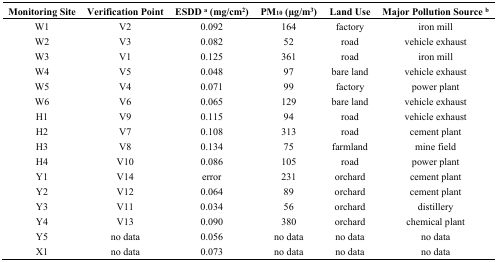
<table><thead><tr><td><b>Monitoring Site</b></td><td><b>Verification Point</b></td><td><b>ESDD <sup>a</sup> (mg/cm<sup>2</sup>)</b></td><td><b>PM<sub>10</sub> (μg/m<sup>3</sup>)</b></td><td><b>Land Use</b></td><td><b>Major Pollution Source <sup>b</sup></b></td></tr></thead><tbody><tr><td>W1</td><td>V2</td><td>0.092</td><td>164</td><td>factory</td><td>iron mill</td></tr><tr><td>W2</td><td>V3</td><td>0.082</td><td>52</td><td>road</td><td>vehicle exhaust</td></tr><tr><td>W3</td><td>V1</td><td>0.125</td><td>361</td><td>road</td><td>iron mill</td></tr><tr><td>W4</td><td>V5</td><td>0.048</td><td>97</td><td>bare land</td><td>vehicle exhaust</td></tr><tr><td>W5</td><td>V4</td><td>0.071</td><td>99</td><td>factory</td><td>power plant</td></tr><tr><td>W6</td><td>V6</td><td>0.065</td><td>129</td><td>bare land</td><td>vehicle exhaust</td></tr><tr><td>H1</td><td>V9</td><td>0.115</td><td>94</td><td>road</td><td>vehicle exhaust</td></tr><tr><td>H2</td><td>V7</td><td>0.108</td><td>313</td><td>road</td><td>cement plant</td></tr><tr><td>H3</td><td>V8</td><td>0.134</td><td>75</td><td>farmland</td><td>mine field</td></tr><tr><td>H4</td><td>V10</td><td>0.086</td><td>105</td><td>road</td><td>power plant</td></tr><tr><td>Y1</td><td>V14</td><td>error</td><td>231</td><td>orchard</td><td>cement plant</td></tr><tr><td>Y2</td><td>V12</td><td>0.064</td><td>89</td><td>orchard</td><td>cement plant</td></tr><tr><td>Y3</td><td>V11</td><td>0.034</td><td>56</td><td>orchard</td><td>distillery</td></tr><tr><td>Y4</td><td>V13</td><td>0.090</td><td>380</td><td>orchard</td><td>chemical plant</td></tr><tr><td>Y5</td><td>no data</td><td>0.056</td><td>no data</td><td>no data</td><td>no data</td></tr><tr><td>X1</td><td>no data</td><td>0.073</td><td>no data</td><td>no data</td><td>no data</td></tr></tbody></table>